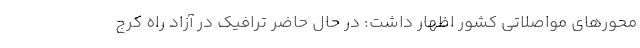
محورهای مواصلاتی کشور اظهار داشت: در حال حاضر ترافیک در آزاد راه کرج